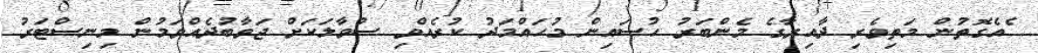
ެއެގޮތުން މަތިވެރި ދާއިރާގެ މެންބަރު ހުސައިން މުހައްމަދު ކުރެއްވި ސުވާލަކަށް ޖަވާބުދެއްވަމުން މިނިސްޓަރު